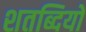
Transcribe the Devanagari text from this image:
शतब्दियों